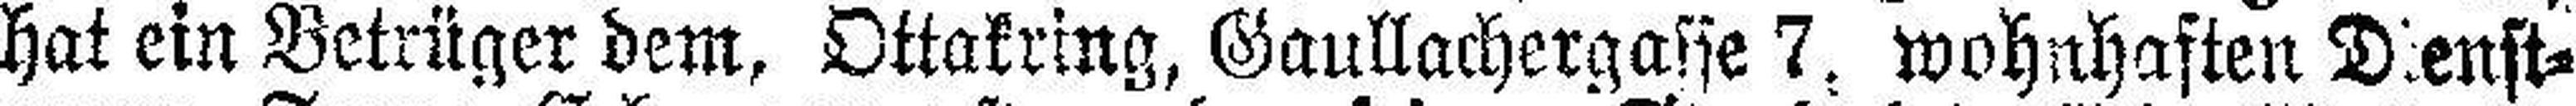
hat ein Betrüger dem, Ottakring, Gaullachergasse 7, wohnhaften Dienst¬